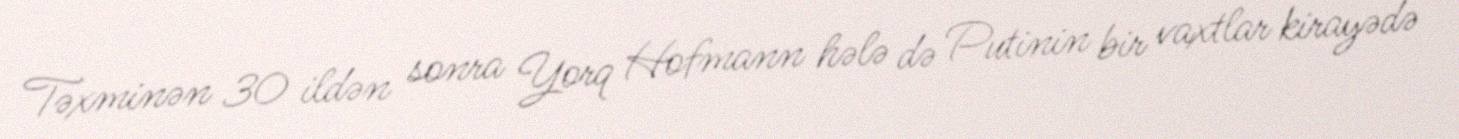
Təxminən 30 ildən sonra Yorq Hofmann hələ də Putinin bir vaxtlar kirayədə